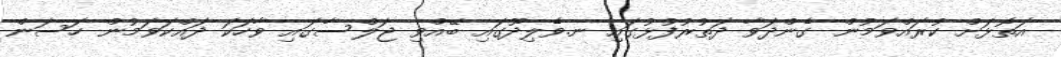
އަތޮޅަށް ކުރައްވަމުން ގެންދަވާ ދަތުރުފުޅުގައި ނ.ވެލިދޫގައި ބޭއްވި ޖަލްސާގައި ވާހަކަ ދައްކަވަމުން ހަސަން